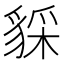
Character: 𧳥